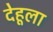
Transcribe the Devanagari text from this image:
देहूला